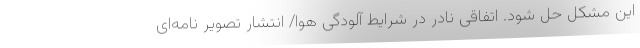
این مشکل حل شود. اتفاقی نادر در شرایط آلودگی هوا/ انتشار تصویر نامه‌ای